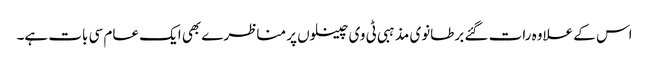
اس کے علاوہ رات گئے برطانوی مذہبی ٹی وی چینلوں پر مناظرے بھی ایک عام سی بات ہے۔